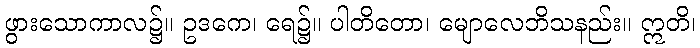
ဖွားသောကာလ၌။ ဥဒကေ၊ ရေ၌။ ပါတိတော၊ မျောလေဘိသနည်း။ ဣတိ၊